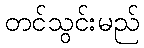
တင်သွင်းမည်